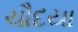
ચૌદયા